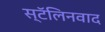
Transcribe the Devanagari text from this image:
स्टॅलिनवाद